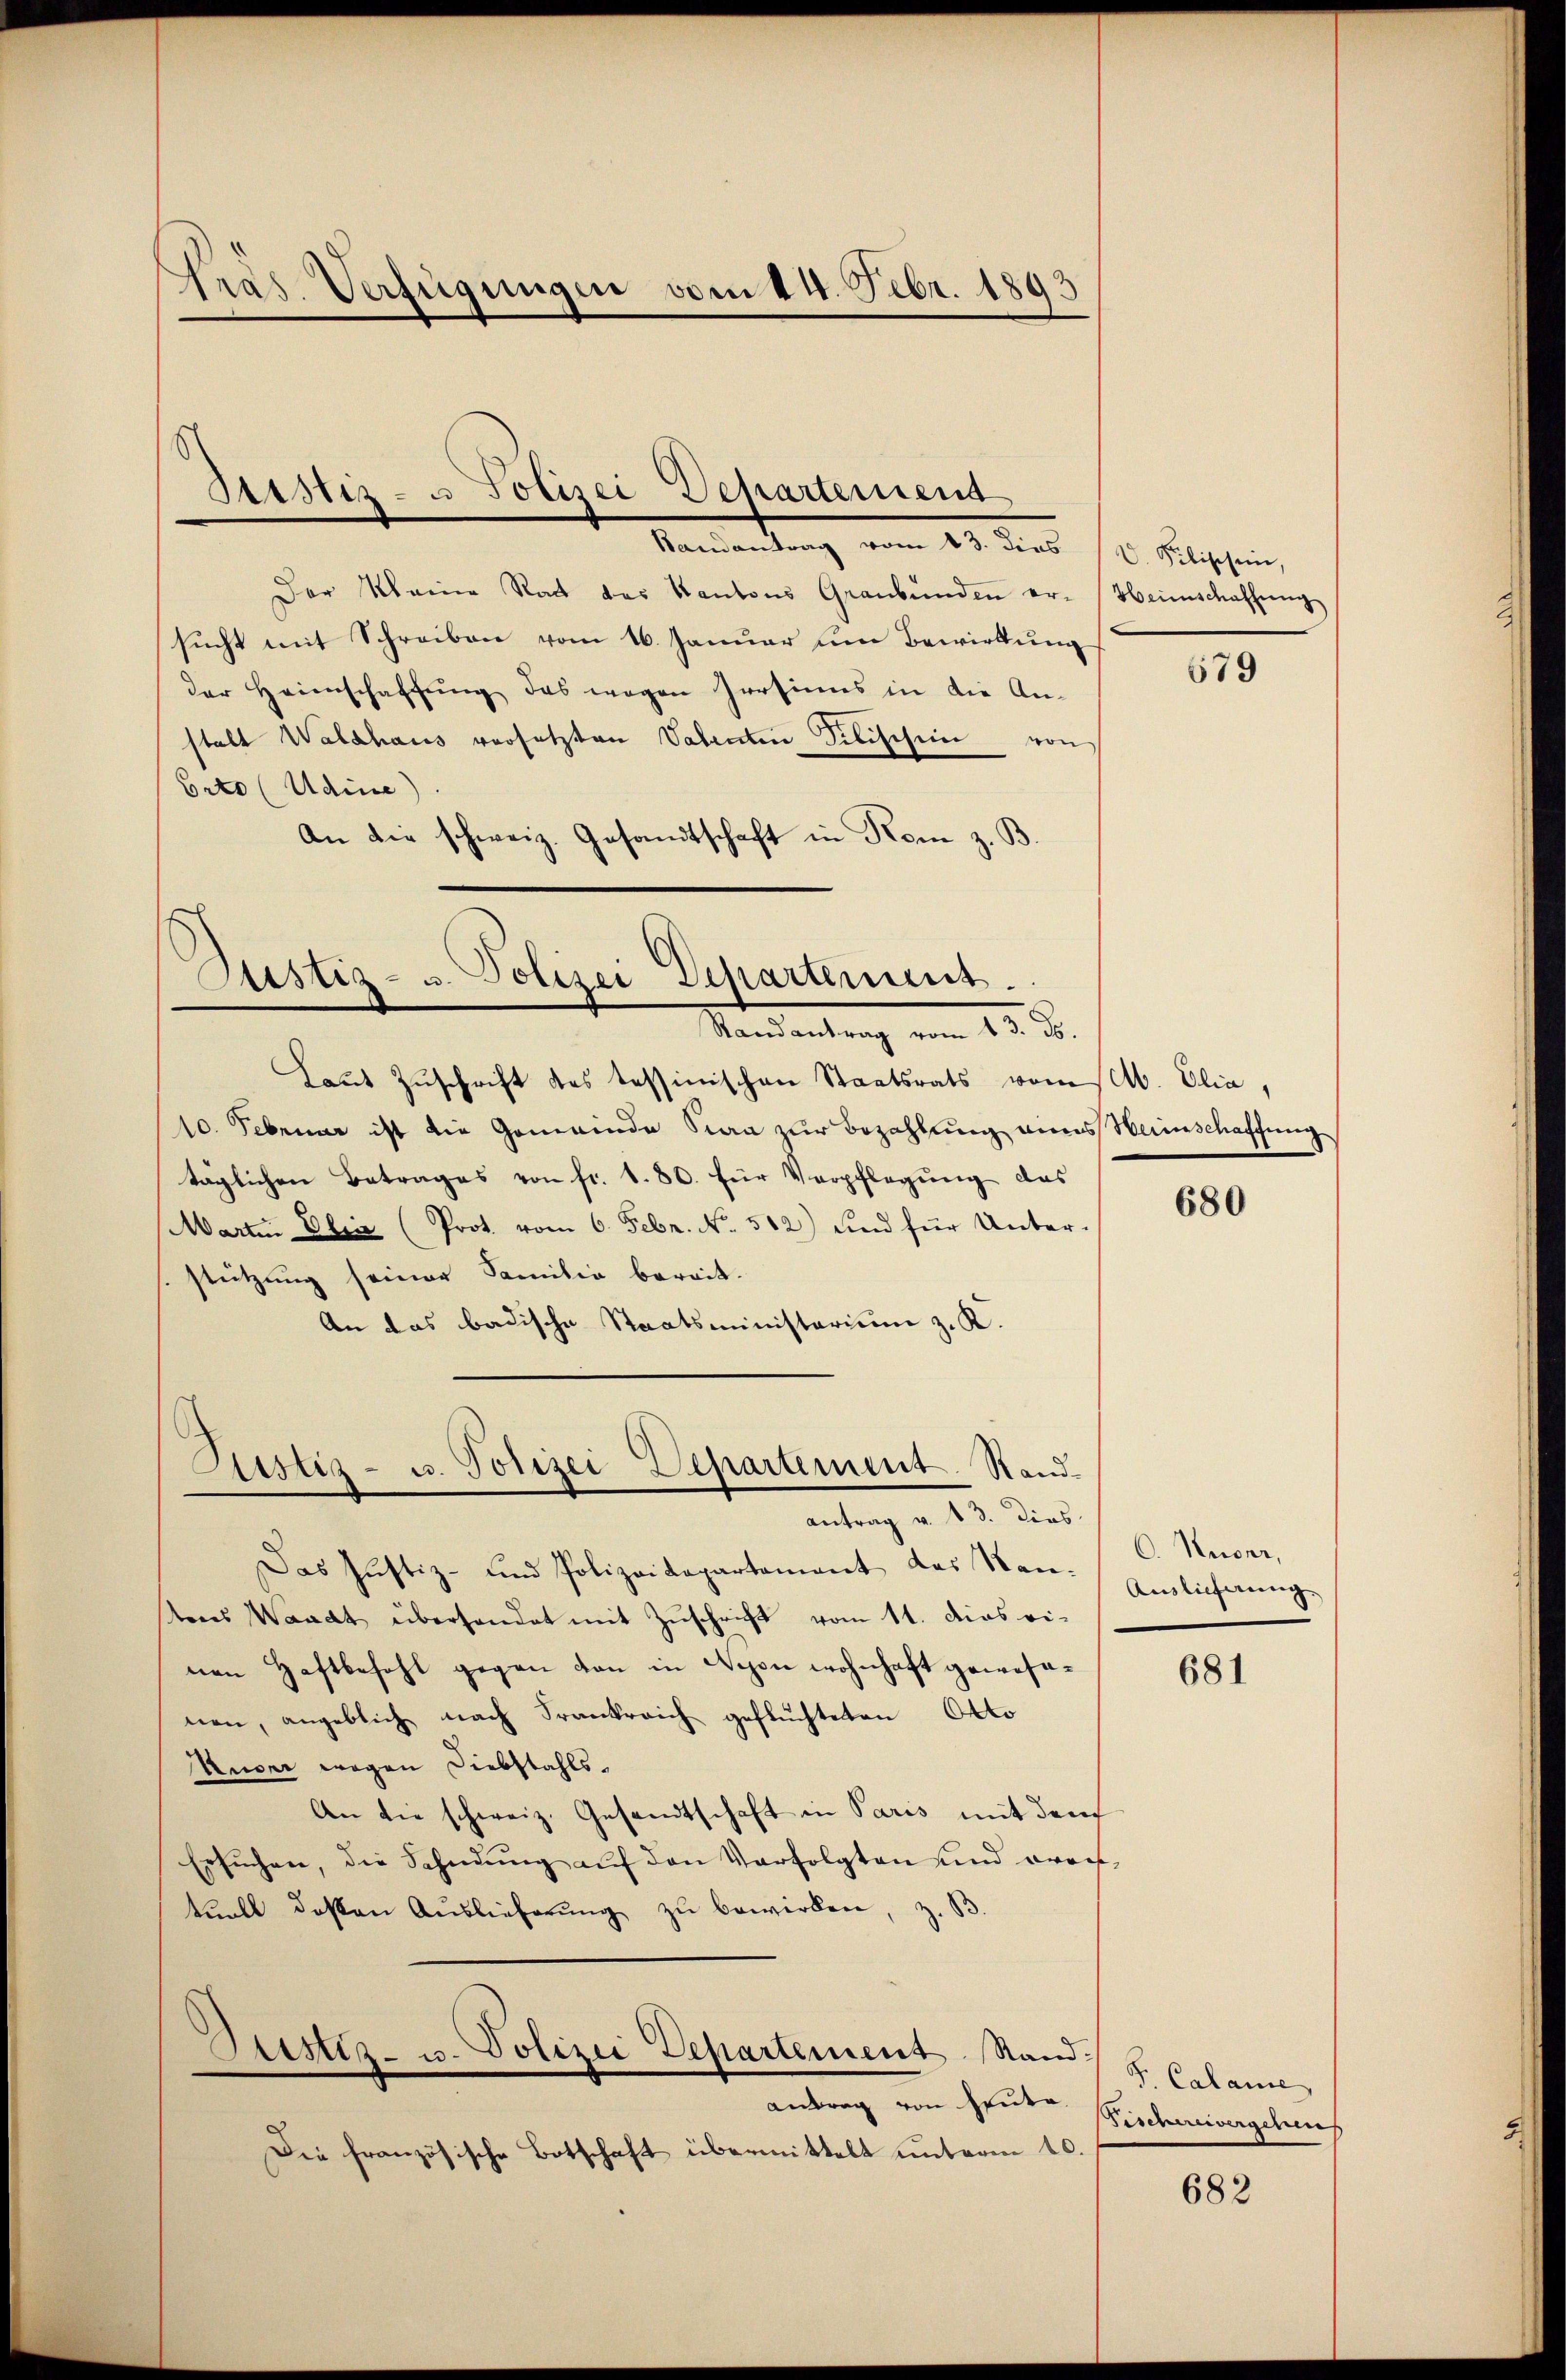
Gras Verfügungen vom 14. Febr. 1893

Der Meine Rath des Kantons Graubünden er-Heimschaffung
sucht mit Schreiben vom 16. Januar um Bewirkung
der Heimschaffung das wegen Persinns in die An-
stalt Waldhaus versetzten Valenten Pilischein von
Erto (Udine)
An die schweiz. Gesandtschaft in Rom z. B

Sitstiz- u Polizei Departemend
Randantrag vom 13. dies V. Pebissen,

Justiz- u. Polizei Departement.
Randantrag vom 13. ds.

Laŭt Zŭschrift des Tessinischen Staatsrats vom Ab. Elia,
10. Februar ist die Gemeinde San zur Bezahlung eines Weinschaffung
täglichen Betrages von fr. 1. 80. für Verpflegung das
Martin Olia (Prot. vom 6. Febr. No. 582) und für Unter-
stützung seiner Familie bereit.
An das badische Staatsministerium z. K.
Das Justiz- und Polizeidepartement des Nan-
tens Wascht überhandet mit Zuschrift vom 11. dies vinen Haftbefehl gegen dan in Nyon wohnhaft gewesenen, angeblich nach Frankreich geflüchteten Otto
Nuger wegen Diebstahls¬
An die schweiz. Gesandtschaft in Paris mit dem
Ersŭchen, die Sahndŭng aŭf den Verfolgten und erach
tuell deßen Auslieferŭng zŭ bewirken, z. B
Zustiz- u. Polizei Departement. Stand.
antrag von heute.
Die französische Botschaft übermittelt unterm 10.

Astiz- u. Polizei Departement. Standantrag v. 13. Dies

679

680

C. Kuoni,
Auslieferung

681

S. Calame,
Fischereivergehens

682